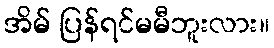
အိမ် ပြန်ရင်မမီဘူးလား။